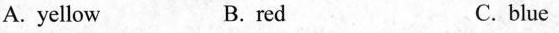
A. yellow B. red C. blue